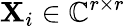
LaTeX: \mathbf{X}_{i}\in\mathbb{C}^{r\times r}